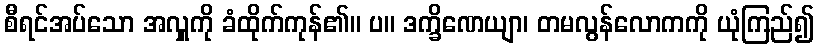
စီရင်အပ်သော အလှူကို ခံထိုက်ကုန်၏။ ပ။ ဒက္ခိဏေယျာ၊ တမလွန်လောကကို ယုံကြည်၍